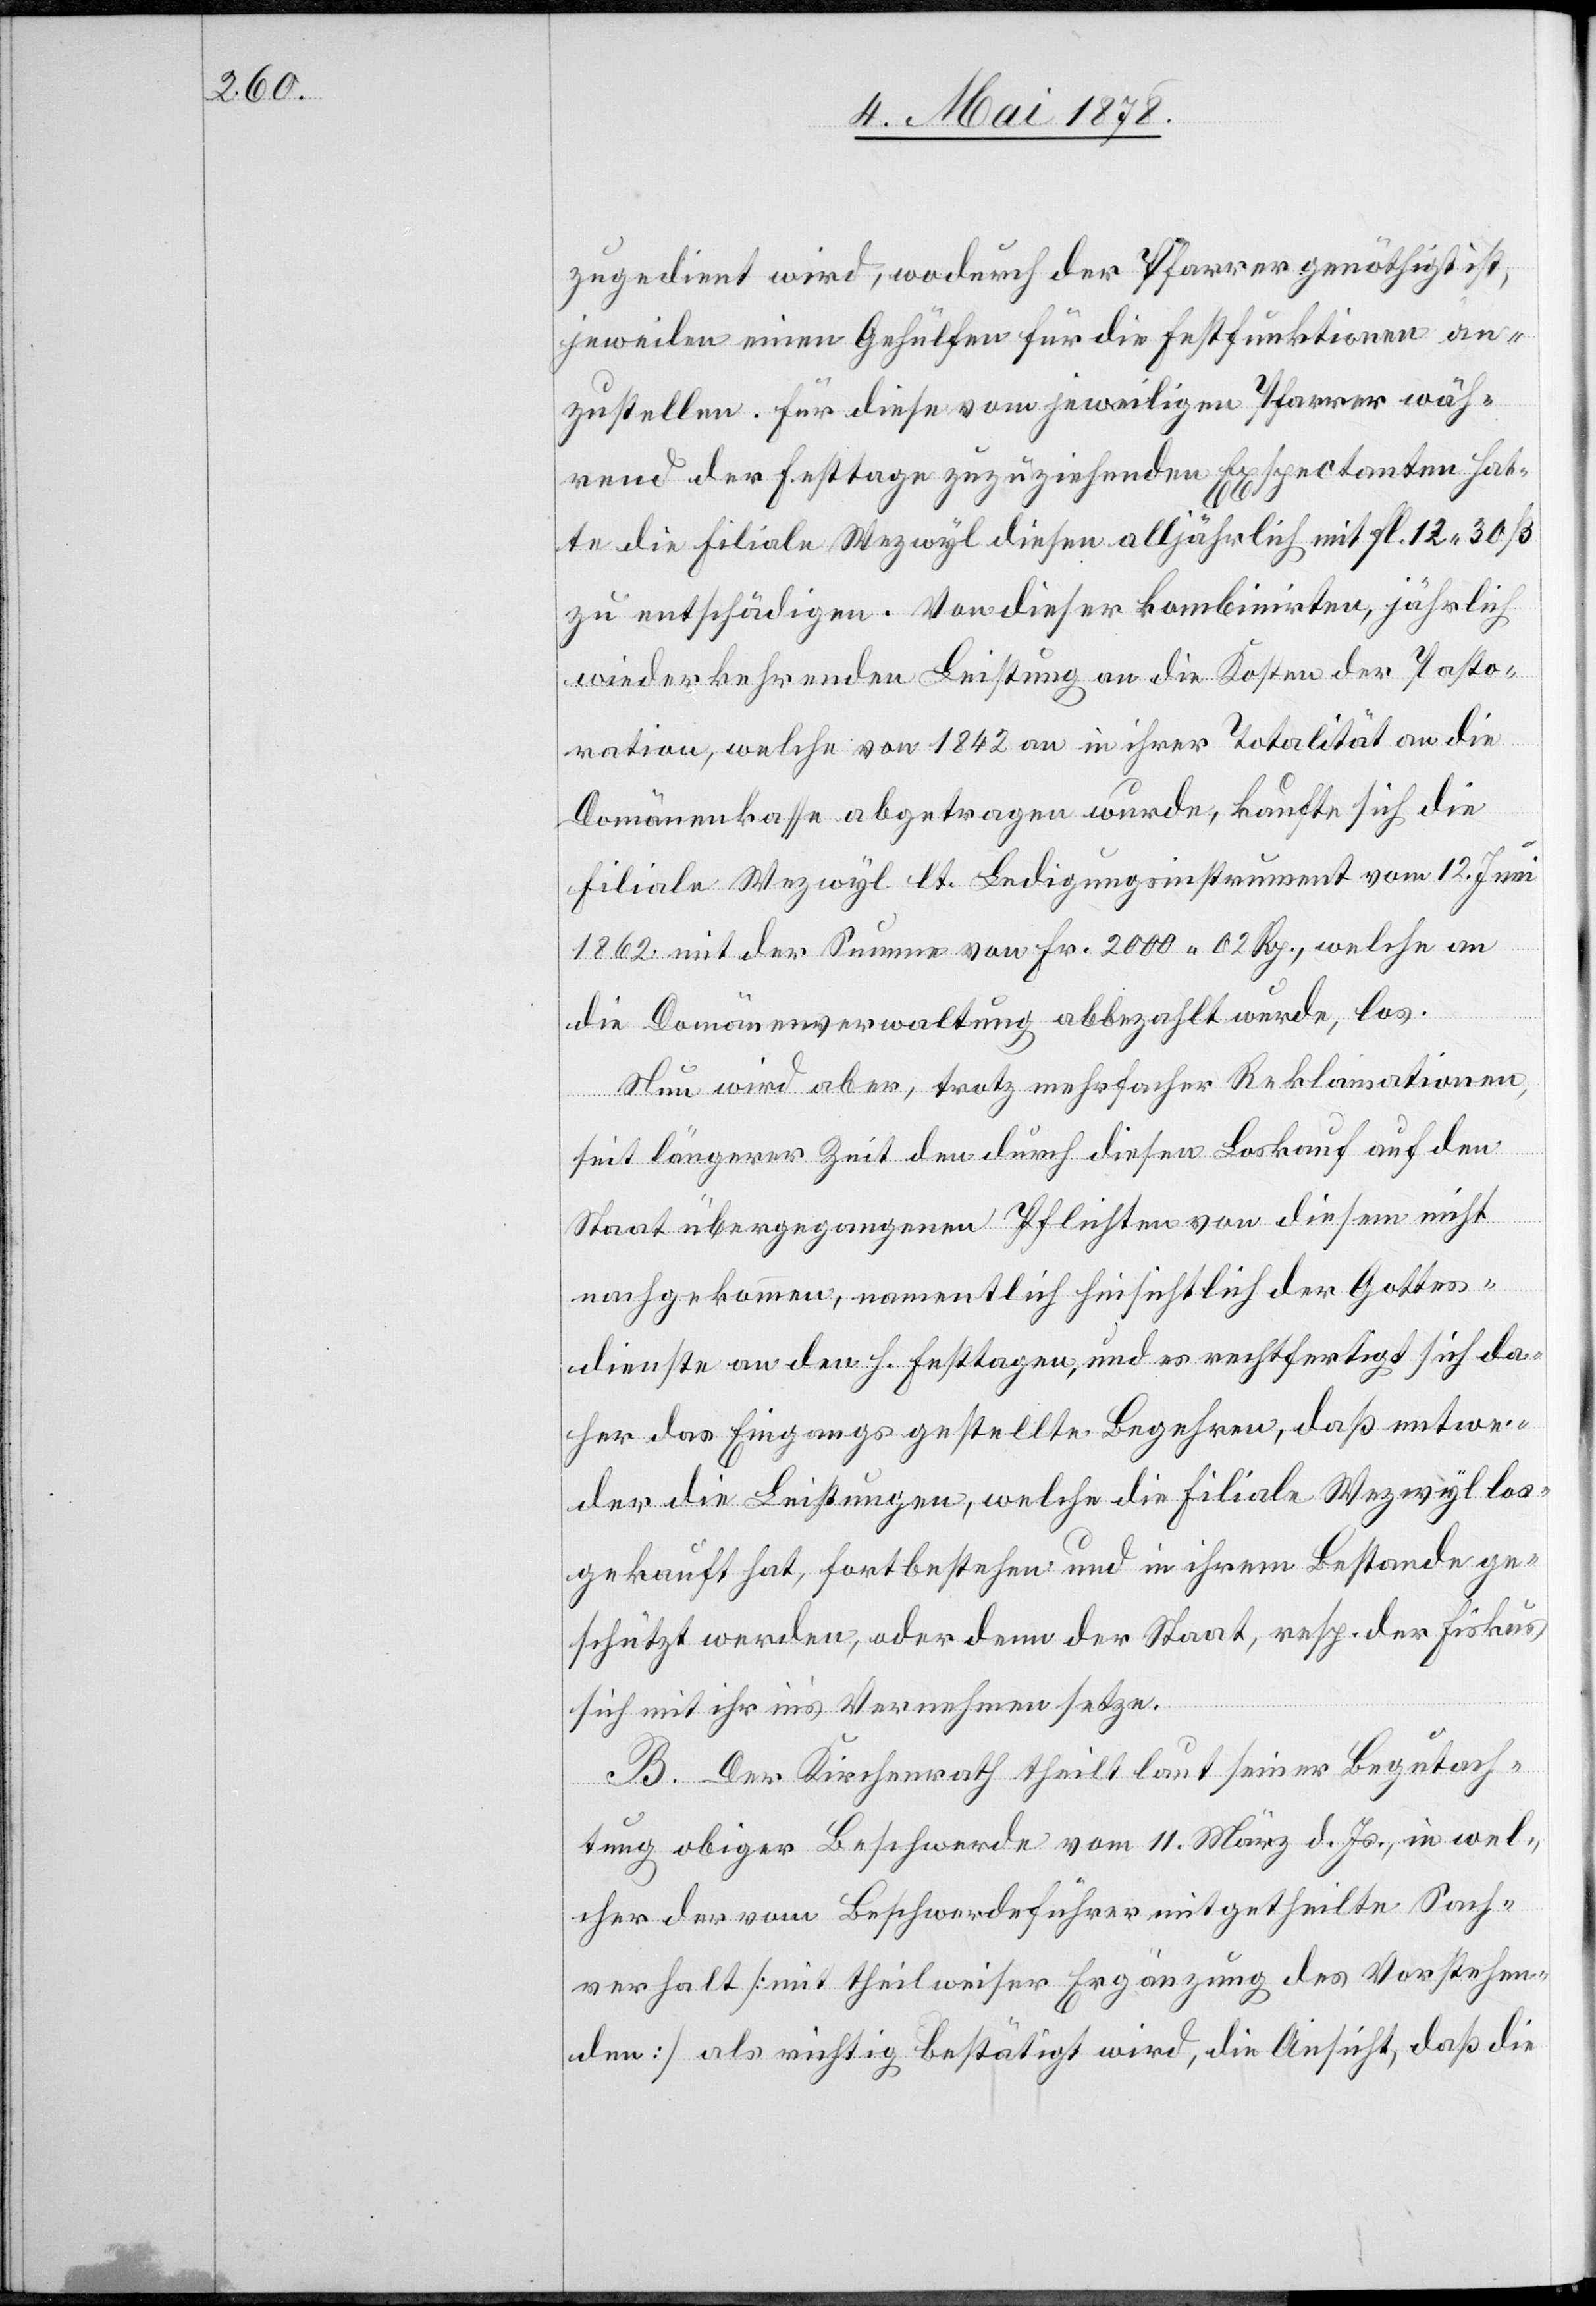
zugedient wird, wodurch der Pfarrer genöthigt ist,
jeweilen einen Gehülfen für die Festfunktionen an¬
zustellen. Für diese vom jeweiligen Pfarrer wäh¬
rend der Festtage zuzuziehenden Exspectanten hat¬
te die Filiale Wezwyl diesen alljährlich mit Fl. 12. 30
zu entschädigen. Von dieser kombinirten, jährlich
wiederkehrenden Leistung an die Kosten der Pasto¬
ration, welche von 1842 an in ihrer Totalität an die
Domänenkasse abgetragen wurde, kaufte sich die
Filiale Wezwyl lt. Bedingungsinstrument vom 12. Juni
1862 mit der Summe von Fr. 2000. 02 Rp., welche an
die Domänenverwaltung abbezahlt wurde, los.
Neu wird aber, trotz mehrfacher Reklamationen,
seit längerer Zeit den durch diesen Loskauf auf den
Staat übergegangenen Pflichten von diesem nicht
nachgekommen, namentlich hinsichtlich der Gottes¬
dienste an den h. Festtagen, und es rechtfertigt sich da¬
her das Eingangs gestellte Begehren, daß entwe¬
der die Leistungen, welche die Filiale Wezwyl los¬
gekauft hat, fortbestehen und in ihrem Bestande ge¬
schützt werden, oder denn der Staat, resp. der Fiskus
sich mit ihr in’s Vernehmen setze.
B. Der Kirchenrath theilt laut seiner Begutach¬
tung obiger Beschwerde vom 11. März d. Js., in wel¬
cher der vom Beschwerdeführer mitgetheilte Sach¬
verhalt [mit theilweiser Ergänzung des Vorstehen¬
den] als richtig bestätigt wird, die Ansicht, daß die